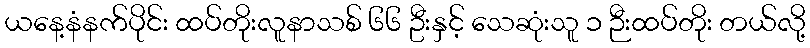
ယနေ့နံနက်ပိုင်း ထပ်တိုးလူနာသစ် ၆၆ ဦးနှင့် သေဆုံးသူ ၁ ဉီးထပ်တိုး တယ်လို့